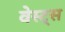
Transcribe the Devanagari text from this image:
वेस्ट्स